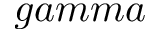
g a m m a